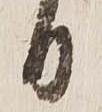
日